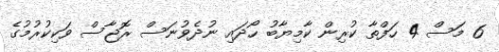
6 މަސް 4 ހަފްތާ ކުރިން ކާމިޔާބު ހޯދައި ނުދެވުނަސް ރޮޖާސް ވަކިކުރުމުގެ